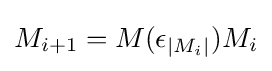
M_{i+1}=M(\epsilon _{|M_{i}|})M_{i}